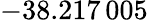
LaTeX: -38.217\, 005